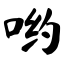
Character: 哟